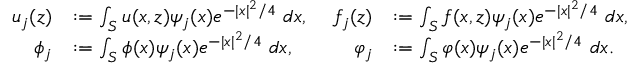
\begin{array} { r l r l } { u _ { j } ( z ) } & { : = \int _ { S } u ( x , z ) \psi _ { j } ( x ) e ^ { - | x | ^ { 2 } / 4 } \ d x , } & { \ f _ { j } ( z ) } & { : = \int _ { S } f ( x , z ) \psi _ { j } ( x ) e ^ { - | x | ^ { 2 } / 4 } \ d x , } \\ { \phi _ { j } } & { : = \int _ { S } \phi ( x ) \psi _ { j } ( x ) e ^ { - | x | ^ { 2 } / 4 } \ d x , } & { \ \varphi _ { j } } & { : = \int _ { S } \varphi ( x ) \psi _ { j } ( x ) e ^ { - | x | ^ { 2 } / 4 } \ d x . } \end{array}